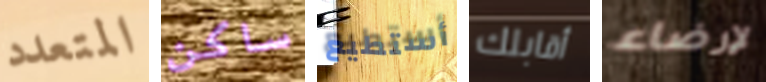
المتعدد ساكن أستطيع أقابلك لإرضاء